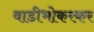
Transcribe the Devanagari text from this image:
वाडीभोकरकर